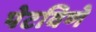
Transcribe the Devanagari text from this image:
पेटविणे